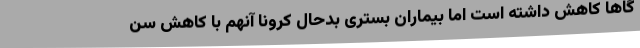
گاها کاهش داشته است اما بیماران بستری بدحال کرونا آنهم با کاهش سن